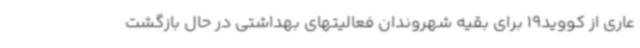
عاری از کووید19 برای بقیه شهروندان فعالیتهای بهداشتی در حال بازگشت